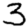
Digit: 3